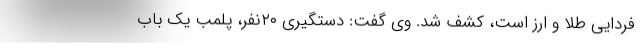
فردایی طلا و ارز است، کشف شد. وی گفت: دستگیری ۲۰نفر، پلمب یک باب